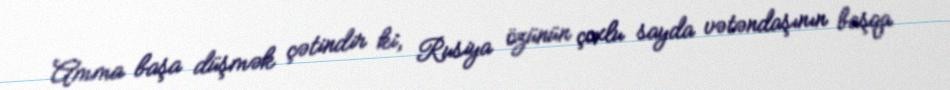
Amma başa düşmək çətindir ki, Rusiya özünün çoxlu sayda vətəndaşının başqa